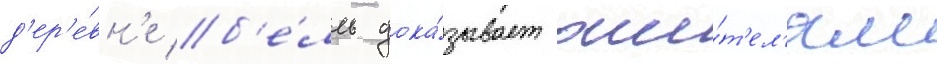
д'ер'е́вн'е б'е́лль дока́зывает жи́т'ел'ям